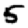
Digit: 5